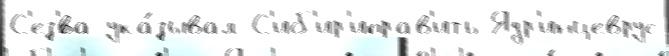
С'ез'́ва ука́зывал С'иб'ир'иправ'ить Ядр'инцеврус